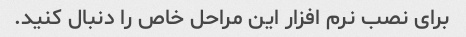
برای نصب نرم افزار این مراحل خاص را دنبال کنید.